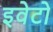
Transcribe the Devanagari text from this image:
इवेटो